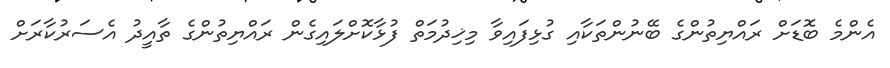
އެންމެ ބޮޑަށް ރައްޔިތުންގެ ބޭނުންތަކާއި ގުޅިފައިވާ މިޚިދުމަތް ފުޅާކޮށްލައިގެން ރައްޔިތުންގެ ތާއީދު އެސަރުކާރަށް